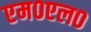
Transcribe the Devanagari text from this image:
एम०एल०